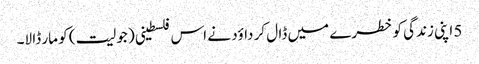
5 اپنی زندگی کو خطرے میں ڈا ل کر داؤد نے اس فلسطینی ( جولیت ) کو مار ڈا لا۔